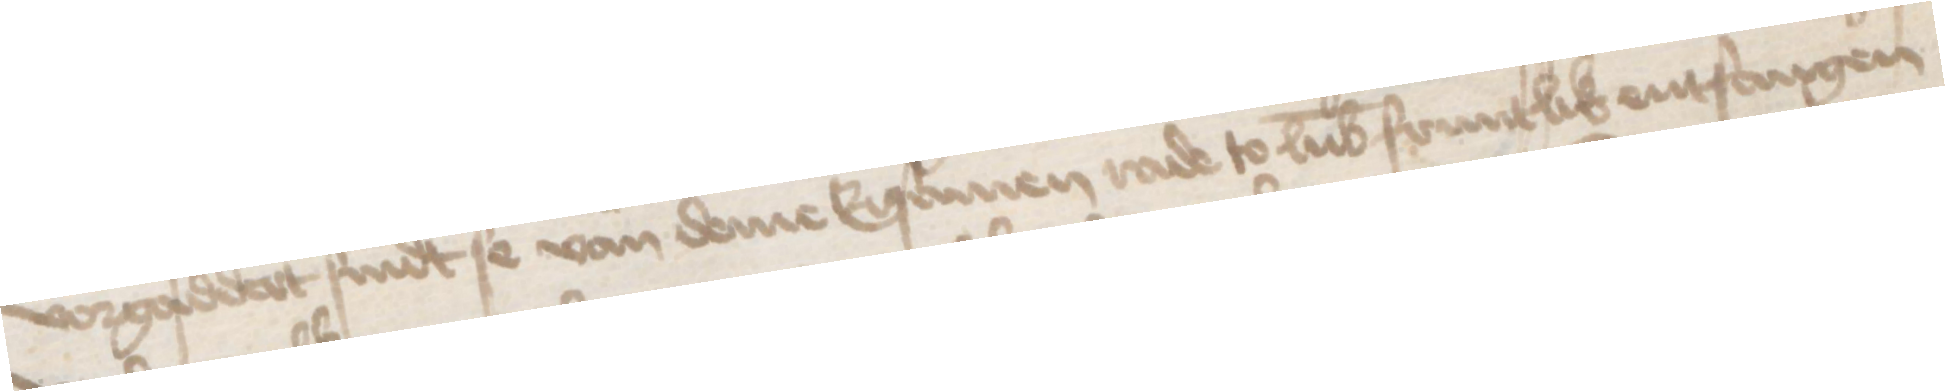
vorgaddert sindt se van deme Ersamen rade to Lubeke fruntlik entfangen